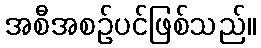
အစီအစဉ်ပင်ဖြစ်သည်။